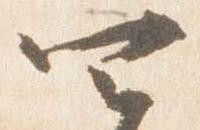
四